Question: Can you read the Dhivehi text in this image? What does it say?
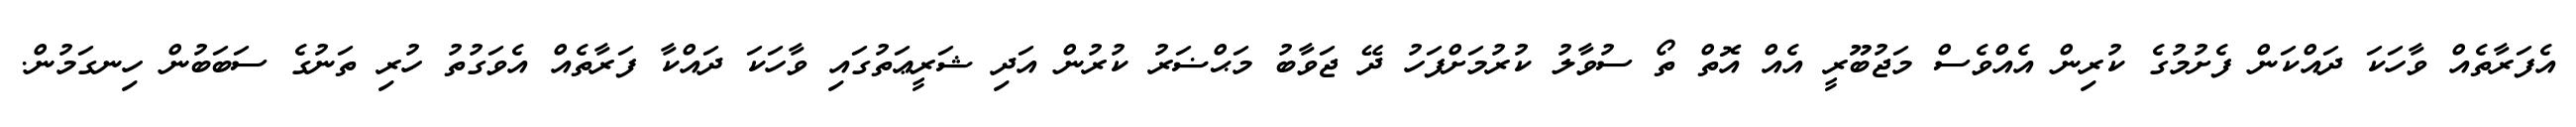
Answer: އެފަރާތެއް ވާހަކަ ދައްކަން ފެށުމުގެ ކުރިން އެއްވެސް މަޖުބޫރީ އެއް އޮތް ތޯ ސުވާލު ކުރުމަށްފަހު ދޭ ޖަވާބު މަޙްޟަރު ކުރުން އަދި ޝަރީޢަތުގައި ވާހަކަ ދައްކާ ފަރާތެއް އެވަގުތު ހުރި ތަނުގެ ސަބަބުން ހިނގަމުން.